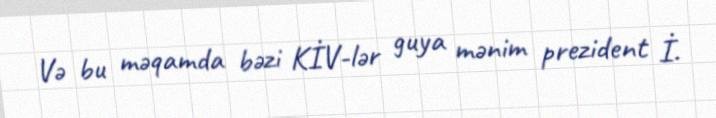
Və bu məqamda bəzi KİV-lər guya mənim prezident İ.